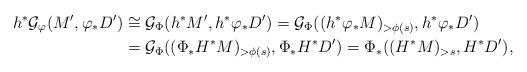
LaTeX: \begin{align*}h^*\mathcal{G}_{\varphi}(M',\varphi_*D')&\cong\mathcal{G}_{\Phi}(h^*M',h^*\varphi_*D')=\mathcal{G}_{\Phi}((h^*\varphi_*M)_{>\phi(s)},h^*\varphi_*D')\\&=\mathcal{G}_{\Phi}((\Phi_*H^*M)_{>\phi(s)},\Phi_*H^*D')=\Phi_*((H^*M)_{>s},H^*D'),\end{align*}